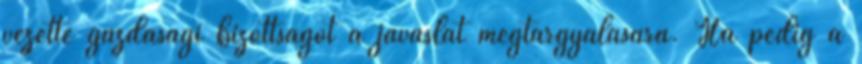
vezette gazdasági bizottságot a javaslat megtárgyalására. Ha pedig a